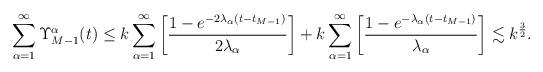
LaTeX: \begin{align*}\sum_{\alpha=1}^\infty \Upsilon_{M-1}^\alpha(t)&\leq k\sum_{\alpha=1}^\infty\left[\frac{1-e^{-2\lambda_\alpha (t-t_{M-1})}}{2\lambda_\alpha}\right]+k\sum_{\alpha=1}^\infty \left[\frac{1-e^{-\lambda_\alpha (t-t_{M-1})}}{\lambda_\alpha} \right] \lesssim k^\frac{3}{2}.\end{align*}